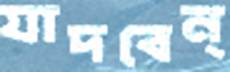
যাদবেন্